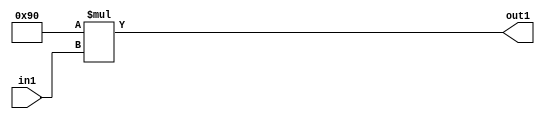
`timescale 1ps / 1ps
/*****************************************************************************
    Verilog RTL Description
    
    
    Created by: Stratus DpOpt 2019.1.01 
*******************************************************************************/

module SobelFilter_Mul2i144u8_1 (
	in1,
	out1
	); /* architecture "behavioural" */ 
input [7:0] in1;
output [15:0] out1;
wire [15:0] asc001;

assign asc001 = 
	+(16'B0000000010010000 * in1);

assign out1 = asc001;
endmodule

/* CADENCE  urn4TQE= : u9/ySgnWtBlWxVPRXgAZ4Og= ** DO NOT EDIT THIS LINE ******/